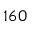
1 6 0